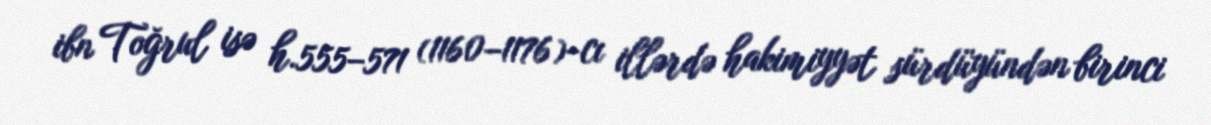
ibn Toğrul isə h.555–571 (1160–1176)-cı illərdə hakimiyyət sürdüyündən birinci